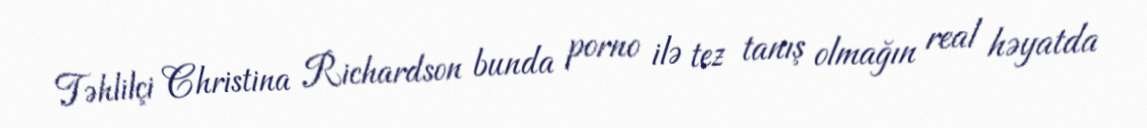
Təhlilçi Christina Richardson bunda porno ilə tez tanış olmağın real həyatda